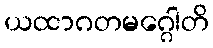
ယထာဂတမဂ္ဂေါတိ